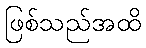
ဖြစ်သည်အထိ